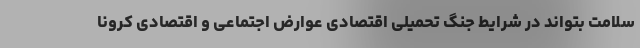
سلامت بتواند در شرایط جنگ تحمیلی اقتصادی عوارض اجتماعی و اقتصادی کرونا